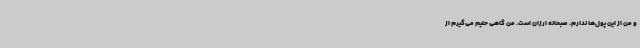
و من از این پول‌ها ندارم. صبحانه ارزان است. من گاهی حلیم می‌گیرم از